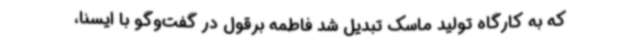
که به کارگاه تولید ماسک تبدیل شد فاطمه برقول در گفت‌وگو با ایسنا،